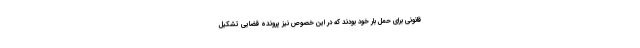
قانونی برای حمل بار خود بودند که در این خصوص نیز پرونده قضایی تشکیل